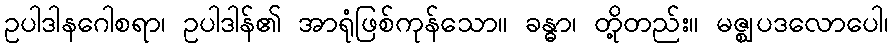
ဥပါဒါနဂေါစရာ၊ ဥပါဒါန်၏ အာရုံဖြစ်ကုန်သော။ ခန္ဓာ၊ တို့တည်း။ မဇ္ဈပဒလောပေါ၊